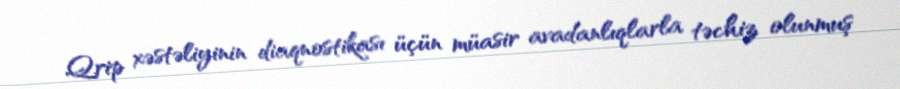
Qrip xəstəliyinin diaqnostikası üçün müasir avadanlıqlarla təchiz olunmuş